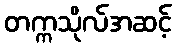
တက္ကသိုလ်အဆင့်